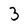
Character: 3